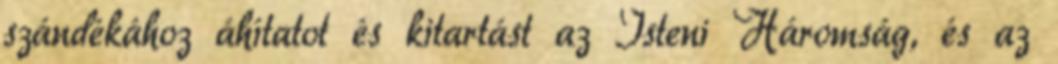
szándékához áhítatot és kitartást az Isteni Háromság, és az